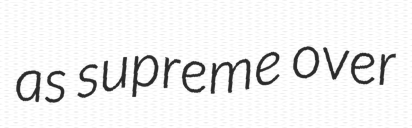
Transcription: as supreme over